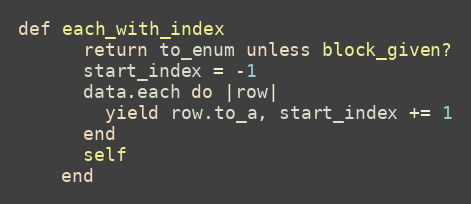
Language: Ruby
def each_with_index
      return to_enum unless block_given?
      start_index = -1
      data.each do |row|
        yield row.to_a, start_index += 1
      end
      self
    end